Report on the working of the mental hospitals for Indians in Bihar and Orissa - 1925-1929
Year: 1925
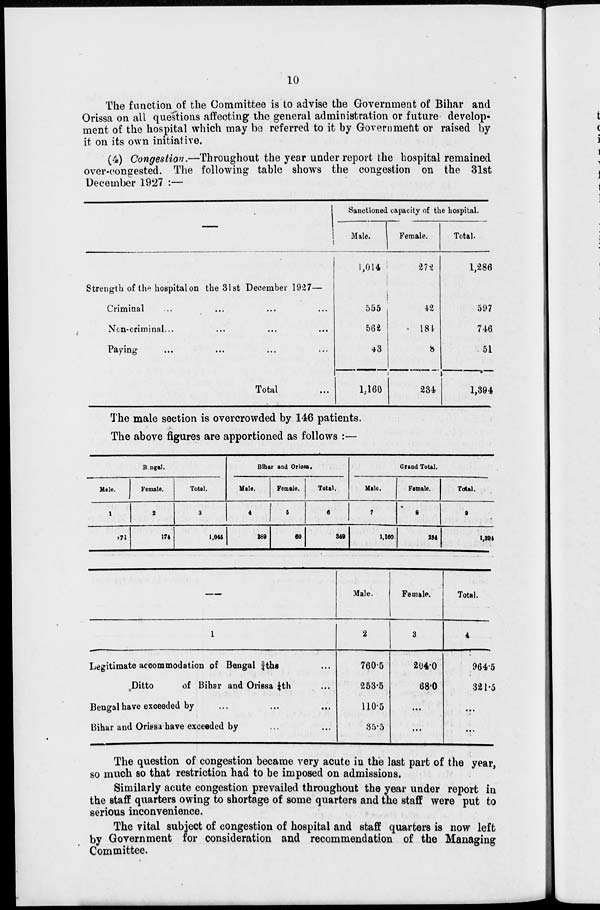
10
The function of the Committee is to advise the Government of Bihar and
Orissa on all questions affecting the general administration or future develop-
ment of the hospital which may be referred to it by Government or raised by
it on its own initiative.
(4) Congestion.—Throughout the year under report the hospital remained
over-congested. The following table shows the congestion on the 31st
December 1927 :—
—
Strength of the hospital on the 31st December 1927—
Criminal ... ... ... ...
Non-criminal ... ... ... ...
Paying ... ... ... ...
Total ...
Sanctioned capacity of the hospital.
Male.
1,014
555
562
43
1,160
Female.
272
42
184
8
234
Total.
1,286
597
746
51
1,394
The male section is overcrowded by 146 patients.
The above figures are apportioned as follows :—
Bengal.
Male.
1
871
Female.
2
174
Total.
3
1,045
Bihar and Orissa.
Male.
4
289
Female.
5
60
Total.
6
349
Grand Total.
Male.
7
1,160
Female.
8
234
Total.
9
1,394
1
Legitimate accommodation of Bengal ¾ths ...
Ditto
of Bihar and Orissa ¼th ...
Bengal have exceeded by ... ... ...
Bihar and Orissa have exceeded by ... ...
Male.
2
760.5
253.5
110.5
35.5
Female.
3
204.0
68.0
...
...
Total.
4
964.5
321.5
...
...
The question of congestion became very acute in the last part of the year
so much so that restriction had to be imposed on admissions.
Similarly acute congestion prevailed throughout the year under report in
the staff quarters owing to shortage of some quarters and the staff were put to
serious inconvenience.
The vital subject of congestion of hospital and staff quarters is now left
by Government for consideration and recommendation of the Managing
Committee.